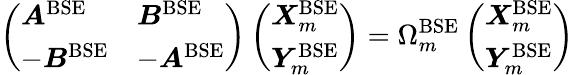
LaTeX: \left(\begin{array}{ll}{\boldsymbol{A}^{\mathrm{BSE}}}&{\boldsymbol{B}^{\mathrm{BSE}}}\\ {-\boldsymbol{B}^{\mathrm{BSE}}}&{-\boldsymbol{A}^{\mathrm{BSE}}}\end{array}\right)\left(\begin{array}{l}{\boldsymbol{X}_{m}^{\mathrm{BSE}}}\\ {\boldsymbol{Y}_{m}^{\mathrm{BSE}}}\end{array}\right)=\Omega_{m}^{\mathrm{BSE}}\left(\begin{array}{l}{\boldsymbol{X}_{m}^{\mathrm{BSE}}}\\ {\boldsymbol{Y}_{m}^{\mathrm{BSE}}}\end{array}\right)